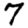
Digit: 7